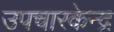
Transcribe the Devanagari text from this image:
उपचारकेन्द्र